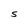
Character: S